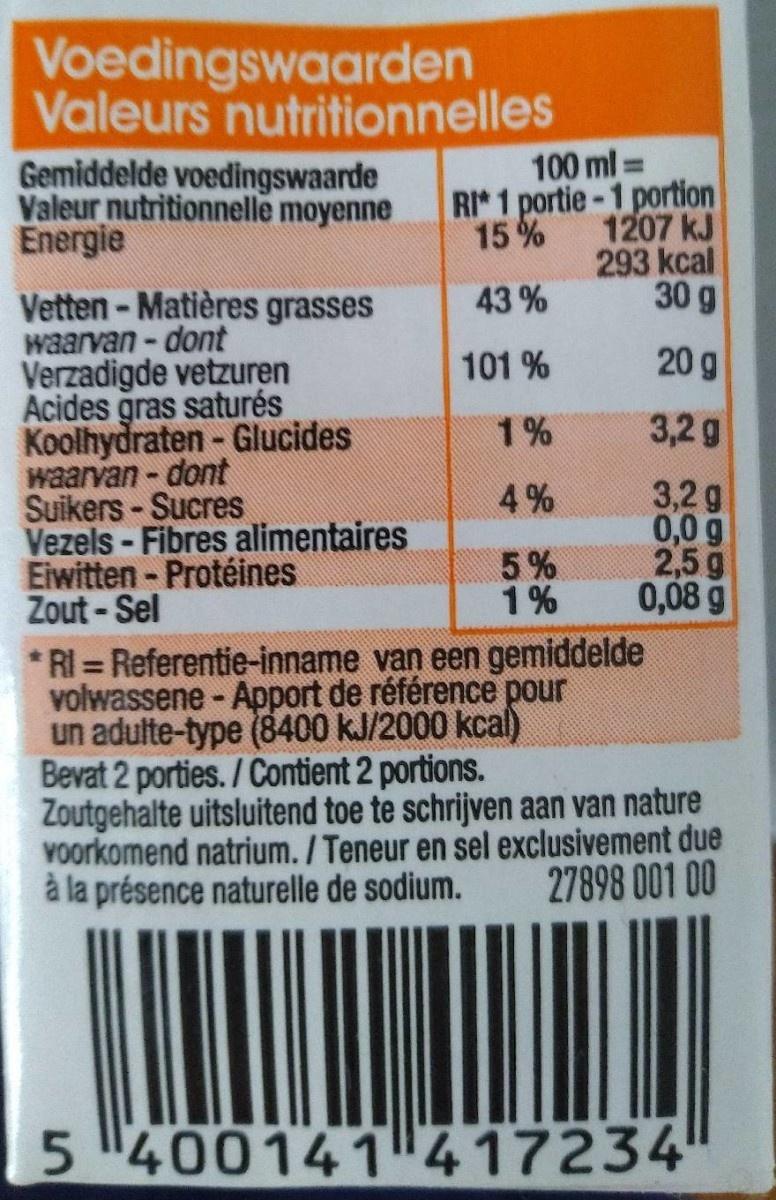
Voedingswaarden Valeurs nutritionnelles
100 ml =
Gemiddelde voedingswaarde Valeur nutritionnelle moyenne Energie
%3D
RI*1 portie-1 portion 1207 kJ 293 kcal 30 g
15%
43 %
Vetten - Matières grasses waarvan-dont Verzadigde vetzuren Acides gras saturés Koolhydraten - Glucides waarvan - dont Suikers-Sucres Vezels - Fibres alimentaires Eiwitten- Protéines Zout-Sel
101 %
20 g
1%
3,2 g
3,2 g 0,0 g 2,5g 0,08 g
4 %
5% 1%
RI Referentie-inname van een gemiddelde volwassene - Apport de référence pour un adulte-type (8400 kJ/2000 kcal) Bevat 2 porties. / Contient 2 portions. Zoutgehalte uitsluitend toe te schrijven aan van nature Voorkomend natrium. / Teneur en sel exclusivement due à la présence naturelle de sodium.
%3D
27898 001 00
5 400141 417234